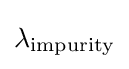
\lambda _{\mathrm {impurity} }